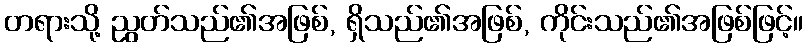
တရားသို့ ညွတ်သည်၏အဖြစ်, ရှိသည်၏အဖြစ်, ကိုင်းသည်၏အဖြစ်ဖြင့်။